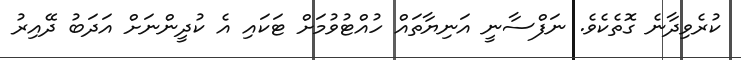
ކުރެވިދާނެ ގޮތެކެވެ. ނަފްސާނީ އަނިޔާތައް ހުއްޓުވުމަށް ޓަކައި އެ ކުދީންނަށް އަދަބު ދޭއިރު